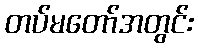
တပ်မတော်အတွင်း